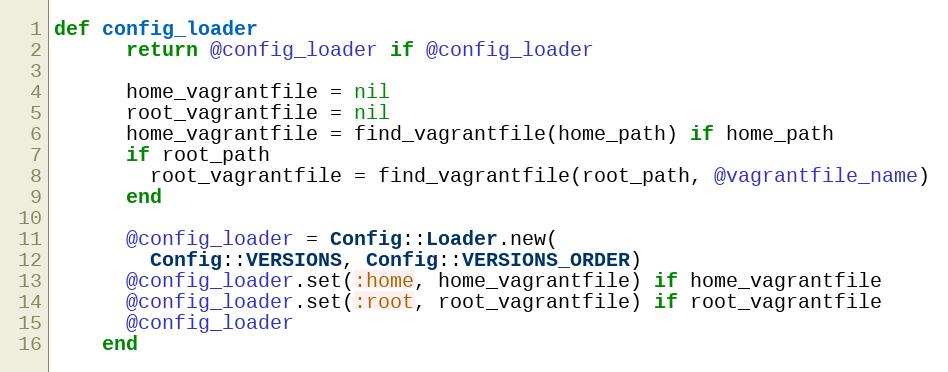
Language: Ruby
def config_loader
      return @config_loader if @config_loader

      home_vagrantfile = nil
      root_vagrantfile = nil
      home_vagrantfile = find_vagrantfile(home_path) if home_path
      if root_path
        root_vagrantfile = find_vagrantfile(root_path, @vagrantfile_name)
      end

      @config_loader = Config::Loader.new(
        Config::VERSIONS, Config::VERSIONS_ORDER)
      @config_loader.set(:home, home_vagrantfile) if home_vagrantfile
      @config_loader.set(:root, root_vagrantfile) if root_vagrantfile
      @config_loader
    end